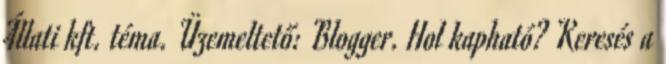
Állati kft. téma. Üzemeltető: Blogger. Hol kapható? Keresés a